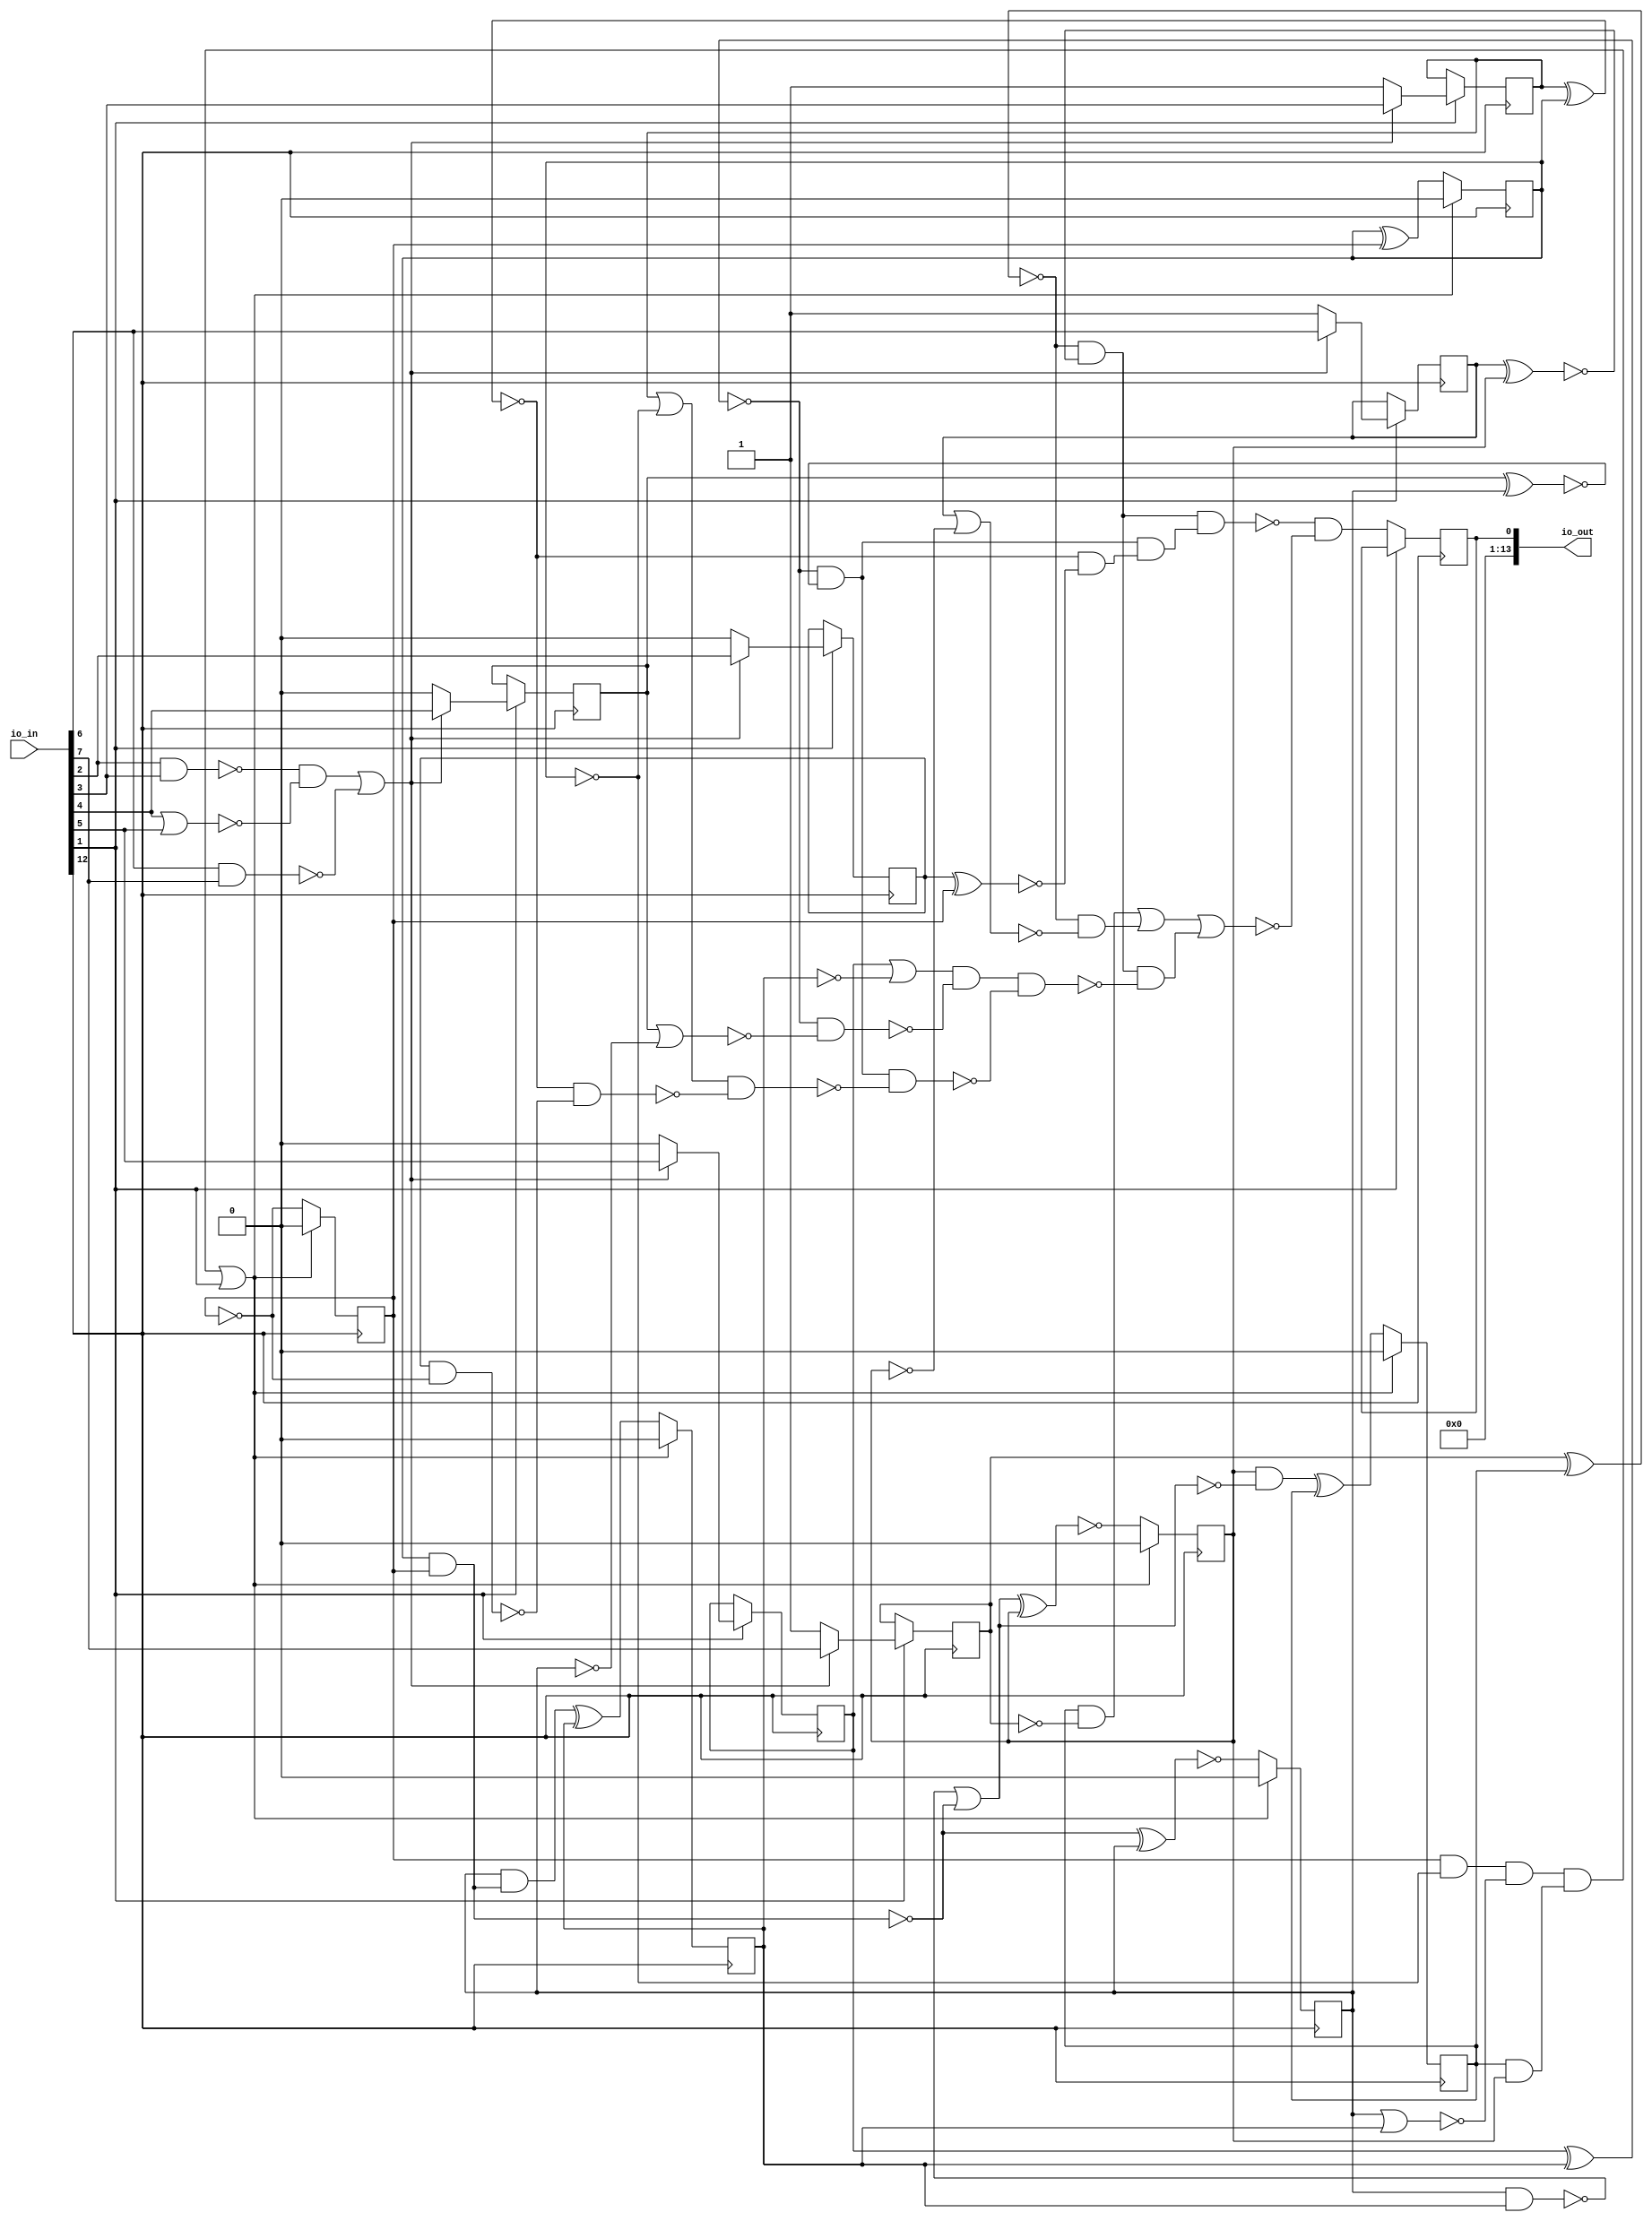
/* Generated by Yosys 0.25+83 (git sha1 755b753e1, aarch64-apple-darwin20.2-clang 10.0.0-4ubuntu1 -fPIC -Os) */

/* top =  1  */
/* src = "d38_jxlu_pwm/src/wrapper.v:2.9-13.18" */
module d38_jxlu_pwm(io_in, io_out);
  wire _000_;
  wire _001_;
  wire _002_;
  wire _003_;
  wire _004_;
  wire _005_;
  wire _006_;
  wire _007_;
  wire _008_;
  wire _009_;
  wire _010_;
  wire _011_;
  wire _012_;
  wire _013_;
  wire _014_;
  wire _015_;
  wire _016_;
  wire _017_;
  wire _018_;
  wire _019_;
  wire _020_;
  wire _021_;
  wire _022_;
  wire _023_;
  wire _024_;
  wire _025_;
  wire _026_;
  wire _027_;
  wire _028_;
  wire _029_;
  wire _030_;
  wire _031_;
  wire _032_;
  wire _033_;
  wire _034_;
  wire _035_;
  wire _036_;
  wire _037_;
  wire _038_;
  wire _039_;
  wire _040_;
  wire _041_;
  wire _042_;
  /* force_downto = 32'd1 */
  /* src = "d38_jxlu_pwm/src/wrapper.v:8.29-11.14|d38_jxlu_pwm/src/pwm_generator.v:14.17-14.29|d38_jxlu_pwm/src/poisonninja_top.v:9.19-9.99|/Users/anish/workspace/oss-cad-suite/libexec/../share/yosys/techmap.v:274.23-274.25" */
  wire [5:0] _043_;
  /* force_downto = 32'd1 */
  /* src = "d38_jxlu_pwm/src/wrapper.v:8.29-11.14|d38_jxlu_pwm/src/pwm_generator.v:24.24-24.38|d38_jxlu_pwm/src/poisonninja_top.v:9.19-9.99|/Users/anish/workspace/oss-cad-suite/libexec/../share/yosys/techmap.v:270.23-270.24" */
  wire [5:0] _044_;
  /* force_downto = 32'd1 */
  /* src = "d38_jxlu_pwm/src/wrapper.v:8.29-11.14|d38_jxlu_pwm/src/pwm_generator.v:24.24-24.38|d38_jxlu_pwm/src/poisonninja_top.v:9.19-9.99|/Users/anish/workspace/oss-cad-suite/libexec/../share/yosys/techmap.v:270.26-270.27" */
  wire [5:0] _045_;
  /* src = "d38_jxlu_pwm/src/wrapper.v:3.26-3.31" */
  input [13:0] io_in;
  wire [13:0] io_in;
  /* src = "d38_jxlu_pwm/src/wrapper.v:4.27-4.33" */
  output [13:0] io_out;
  wire [13:0] io_out;
  /* hdlname = "mchip io_in" */
  /* src = "d38_jxlu_pwm/src/wrapper.v:8.29-11.14|d38_jxlu_pwm/src/poisonninja_top.v:4.23-4.28" */
  wire [7:0] \mchip.io_in ;
  /* hdlname = "mchip io_out" */
  /* src = "d38_jxlu_pwm/src/wrapper.v:8.29-11.14|d38_jxlu_pwm/src/poisonninja_top.v:5.24-5.30" */
  wire [7:0] \mchip.io_out ;
  /* hdlname = "mchip pwm active_duty" */
  /* src = "d38_jxlu_pwm/src/wrapper.v:8.29-11.14|d38_jxlu_pwm/src/pwm_generator.v:10.17-10.28|d38_jxlu_pwm/src/poisonninja_top.v:9.19-9.99" */
  reg [5:0] \mchip.pwm.active_duty ;
  /* hdlname = "mchip pwm clk" */
  /* src = "d38_jxlu_pwm/src/wrapper.v:8.29-11.14|d38_jxlu_pwm/src/pwm_generator.v:4.17-4.20|d38_jxlu_pwm/src/poisonninja_top.v:9.19-9.99" */
  wire \mchip.pwm.clk ;
  /* hdlname = "mchip pwm counter" */
  /* src = "d38_jxlu_pwm/src/wrapper.v:8.29-11.14|d38_jxlu_pwm/src/pwm_generator.v:9.17-9.24|d38_jxlu_pwm/src/poisonninja_top.v:9.19-9.99" */
  reg [5:0] \mchip.pwm.counter ;
  /* hdlname = "mchip pwm duty" */
  /* src = "d38_jxlu_pwm/src/wrapper.v:8.29-11.14|d38_jxlu_pwm/src/pwm_generator.v:6.23-6.27|d38_jxlu_pwm/src/poisonninja_top.v:9.19-9.99" */
  wire [5:0] \mchip.pwm.duty ;
  /* hdlname = "mchip pwm pwm_signal" */
  /* src = "d38_jxlu_pwm/src/wrapper.v:8.29-11.14|d38_jxlu_pwm/src/pwm_generator.v:7.18-7.28|d38_jxlu_pwm/src/poisonninja_top.v:9.19-9.99" */
  reg \mchip.pwm.pwm_signal ;
  /* hdlname = "mchip pwm reset" */
  /* src = "d38_jxlu_pwm/src/wrapper.v:8.29-11.14|d38_jxlu_pwm/src/pwm_generator.v:5.17-5.22|d38_jxlu_pwm/src/poisonninja_top.v:9.19-9.99" */
  wire \mchip.pwm.reset ;
  assign _002_ = \mchip.pwm.counter [0] & ~(\mchip.pwm.counter [1]);
  assign _003_ = \mchip.pwm.counter [2] | \mchip.pwm.counter [3];
  assign _004_ = _002_ & ~(_003_);
  assign _005_ = ~(\mchip.pwm.counter [5] & \mchip.pwm.counter [4]);
  assign _006_ = _004_ & ~(_005_);
  assign _000_ = _006_ | io_in[1];
  assign _044_[0] = ~\mchip.pwm.counter [0];
  assign _007_ = ~(\mchip.pwm.active_duty [0] ^ \mchip.pwm.counter [0]);
  assign _008_ = ~(\mchip.pwm.active_duty [1] ^ \mchip.pwm.counter [1]);
  assign _009_ = _008_ & _007_;
  assign _010_ = ~(\mchip.pwm.active_duty [3] ^ \mchip.pwm.counter [3]);
  assign _011_ = \mchip.pwm.active_duty [2] ^ \mchip.pwm.counter [2];
  assign _012_ = _010_ & ~(_011_);
  assign _013_ = _012_ & _009_;
  assign _014_ = ~(\mchip.pwm.active_duty [5] ^ \mchip.pwm.counter [5]);
  assign _015_ = \mchip.pwm.active_duty [4] ^ \mchip.pwm.counter [4];
  assign _016_ = _014_ & ~(_015_);
  assign _017_ = ~(_016_ & _013_);
  assign _018_ = \mchip.pwm.active_duty [3] | ~(\mchip.pwm.counter [3]);
  assign _019_ = \mchip.pwm.active_duty [2] | ~(\mchip.pwm.counter [2]);
  assign _020_ = _010_ & ~(_019_);
  assign _021_ = _018_ & ~(_020_);
  assign _022_ = \mchip.pwm.active_duty [1] | ~(\mchip.pwm.counter [1]);
  assign _023_ = \mchip.pwm.active_duty [0] & ~(\mchip.pwm.counter [0]);
  assign _024_ = _008_ & ~(_023_);
  assign _025_ = _022_ & ~(_024_);
  assign _026_ = _012_ & ~(_025_);
  assign _027_ = _021_ & ~(_026_);
  assign _028_ = _016_ & ~(_027_);
  assign _029_ = \mchip.pwm.active_duty [4] | ~(\mchip.pwm.counter [4]);
  assign _030_ = _014_ & ~(_029_);
  assign _031_ = \mchip.pwm.counter [5] & ~(\mchip.pwm.active_duty [5]);
  assign _032_ = _031_ | _030_;
  assign _033_ = _032_ | _028_;
  assign _001_ = _017_ & ~(_033_);
  assign _045_[1] = \mchip.pwm.counter [1] ^ \mchip.pwm.counter [0];
  assign _034_ = ~(\mchip.pwm.counter [1] & \mchip.pwm.counter [0]);
  assign _045_[2] = ~(_034_ ^ \mchip.pwm.counter [2]);
  assign _035_ = \mchip.pwm.counter [2] & ~(_034_);
  assign _045_[3] = _035_ ^ \mchip.pwm.counter [3];
  assign _036_ = ~(\mchip.pwm.counter [2] & \mchip.pwm.counter [3]);
  assign _037_ = _036_ | _034_;
  assign _045_[4] = ~(_037_ ^ \mchip.pwm.counter [4]);
  assign _038_ = \mchip.pwm.counter [4] & ~(_037_);
  assign _045_[5] = _038_ ^ \mchip.pwm.counter [5];
  assign _039_ = ~(io_in[6] & io_in[7]);
  assign _040_ = ~(io_in[2] & io_in[3]);
  assign _041_ = io_in[4] | io_in[5];
  assign _042_ = _040_ & ~(_041_);
  assign _043_[5] = _042_ | _039_;
  /* \always_ff  = 32'd1 */
  /* src = "d38_jxlu_pwm/src/wrapper.v:8.29-11.14|d38_jxlu_pwm/src/pwm_generator.v:12.5-37.8|d38_jxlu_pwm/src/poisonninja_top.v:9.19-9.99" */
  always @(posedge io_in[12])
    if (_000_) \mchip.pwm.counter [0] <= 1'h0;
    else \mchip.pwm.counter [0] <= _044_[0];
  /* \always_ff  = 32'd1 */
  /* src = "d38_jxlu_pwm/src/wrapper.v:8.29-11.14|d38_jxlu_pwm/src/pwm_generator.v:12.5-37.8|d38_jxlu_pwm/src/poisonninja_top.v:9.19-9.99" */
  always @(posedge io_in[12])
    if (_000_) \mchip.pwm.counter [1] <= 1'h0;
    else \mchip.pwm.counter [1] <= _045_[1];
  /* \always_ff  = 32'd1 */
  /* src = "d38_jxlu_pwm/src/wrapper.v:8.29-11.14|d38_jxlu_pwm/src/pwm_generator.v:12.5-37.8|d38_jxlu_pwm/src/poisonninja_top.v:9.19-9.99" */
  always @(posedge io_in[12])
    if (_000_) \mchip.pwm.counter [2] <= 1'h0;
    else \mchip.pwm.counter [2] <= _045_[2];
  /* \always_ff  = 32'd1 */
  /* src = "d38_jxlu_pwm/src/wrapper.v:8.29-11.14|d38_jxlu_pwm/src/pwm_generator.v:12.5-37.8|d38_jxlu_pwm/src/poisonninja_top.v:9.19-9.99" */
  always @(posedge io_in[12])
    if (_000_) \mchip.pwm.counter [3] <= 1'h0;
    else \mchip.pwm.counter [3] <= _045_[3];
  /* \always_ff  = 32'd1 */
  /* src = "d38_jxlu_pwm/src/wrapper.v:8.29-11.14|d38_jxlu_pwm/src/pwm_generator.v:12.5-37.8|d38_jxlu_pwm/src/poisonninja_top.v:9.19-9.99" */
  always @(posedge io_in[12])
    if (_000_) \mchip.pwm.counter [4] <= 1'h0;
    else \mchip.pwm.counter [4] <= _045_[4];
  /* \always_ff  = 32'd1 */
  /* src = "d38_jxlu_pwm/src/wrapper.v:8.29-11.14|d38_jxlu_pwm/src/pwm_generator.v:12.5-37.8|d38_jxlu_pwm/src/poisonninja_top.v:9.19-9.99" */
  always @(posedge io_in[12])
    if (_000_) \mchip.pwm.counter [5] <= 1'h0;
    else \mchip.pwm.counter [5] <= _045_[5];
  /* \always_ff  = 32'd1 */
  /* src = "d38_jxlu_pwm/src/wrapper.v:8.29-11.14|d38_jxlu_pwm/src/pwm_generator.v:12.5-37.8|d38_jxlu_pwm/src/poisonninja_top.v:9.19-9.99" */
  always @(posedge io_in[12])
    if (!io_in[1]) \mchip.pwm.pwm_signal  <= _001_;
  /* \always_ff  = 32'd1 */
  /* src = "d38_jxlu_pwm/src/wrapper.v:8.29-11.14|d38_jxlu_pwm/src/pwm_generator.v:12.5-37.8|d38_jxlu_pwm/src/poisonninja_top.v:9.19-9.99" */
  always @(posedge io_in[12])
    if (io_in[1])
      if (!_043_[5]) \mchip.pwm.active_duty [0] <= 1'h0;
      else \mchip.pwm.active_duty [0] <= io_in[2];
  /* \always_ff  = 32'd1 */
  /* src = "d38_jxlu_pwm/src/wrapper.v:8.29-11.14|d38_jxlu_pwm/src/pwm_generator.v:12.5-37.8|d38_jxlu_pwm/src/poisonninja_top.v:9.19-9.99" */
  always @(posedge io_in[12])
    if (io_in[1])
      if (!_043_[5]) \mchip.pwm.active_duty [1] <= 1'h1;
      else \mchip.pwm.active_duty [1] <= io_in[3];
  /* \always_ff  = 32'd1 */
  /* src = "d38_jxlu_pwm/src/wrapper.v:8.29-11.14|d38_jxlu_pwm/src/pwm_generator.v:12.5-37.8|d38_jxlu_pwm/src/poisonninja_top.v:9.19-9.99" */
  always @(posedge io_in[12])
    if (io_in[1])
      if (!_043_[5]) \mchip.pwm.active_duty [2] <= 1'h0;
      else \mchip.pwm.active_duty [2] <= io_in[4];
  /* \always_ff  = 32'd1 */
  /* src = "d38_jxlu_pwm/src/wrapper.v:8.29-11.14|d38_jxlu_pwm/src/pwm_generator.v:12.5-37.8|d38_jxlu_pwm/src/poisonninja_top.v:9.19-9.99" */
  always @(posedge io_in[12])
    if (io_in[1])
      if (!_043_[5]) \mchip.pwm.active_duty [3] <= 1'h0;
      else \mchip.pwm.active_duty [3] <= io_in[5];
  /* \always_ff  = 32'd1 */
  /* src = "d38_jxlu_pwm/src/wrapper.v:8.29-11.14|d38_jxlu_pwm/src/pwm_generator.v:12.5-37.8|d38_jxlu_pwm/src/poisonninja_top.v:9.19-9.99" */
  always @(posedge io_in[12])
    if (io_in[1])
      if (!_043_[5]) \mchip.pwm.active_duty [4] <= 1'h1;
      else \mchip.pwm.active_duty [4] <= io_in[6];
  /* \always_ff  = 32'd1 */
  /* src = "d38_jxlu_pwm/src/wrapper.v:8.29-11.14|d38_jxlu_pwm/src/pwm_generator.v:12.5-37.8|d38_jxlu_pwm/src/poisonninja_top.v:9.19-9.99" */
  always @(posedge io_in[12])
    if (io_in[1])
      if (!_043_[5]) \mchip.pwm.active_duty [5] <= 1'h1;
      else \mchip.pwm.active_duty [5] <= io_in[7];
  assign _043_[4:0] = 5'h00;
  assign _044_[5:1] = \mchip.pwm.counter [5:1];
  assign _045_[0] = _044_[0];
  assign io_out = { 13'h0000, \mchip.pwm.pwm_signal  };
  assign \mchip.io_in  = { io_in[7:1], io_in[12] };
  assign \mchip.io_out  = { 7'h00, \mchip.pwm.pwm_signal  };
  assign \mchip.pwm.clk  = io_in[12];
  assign \mchip.pwm.duty  = io_in[7:2];
  assign \mchip.pwm.reset  = io_in[1];
endmodule